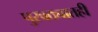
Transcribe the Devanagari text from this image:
पुरवठ्यातही